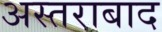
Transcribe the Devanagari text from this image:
अस्तराबाद